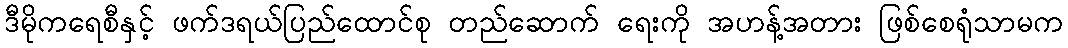
ဒီမိုကရေစီနှင့် ဖက်ဒရယ်ပြည်ထောင်စု တည်ဆောက် ရေးကို အဟန့်အတား ဖြစ်စေရုံသာမက